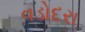
વડોદરા